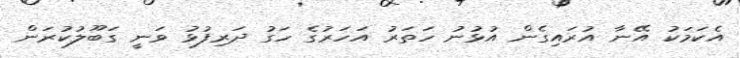
އެކަމަކު އޭނާ އުރައިގެން އުޅުނު ހަތަރު އަހަރުގެ ހަގު ދަރިފުޅު ވަނީ ގަބޫލުކުރަން